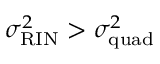
\sigma _ { \mathrm { R I N } } ^ { 2 } > \sigma _ { \mathrm { q u a d } } ^ { 2 }